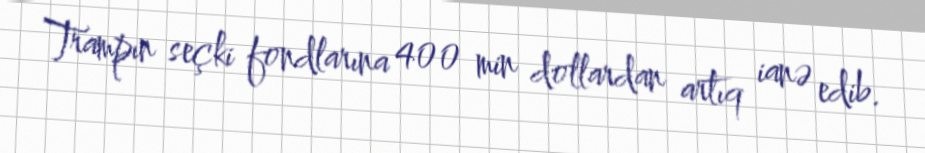
Trampın seçki fondlarına 400 min dollardan artıq ianə edib.